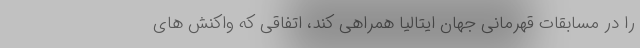
را در مسابقات قهرمانی جهان ایتالیا همراهی کند، اتفاقی که واکنش های